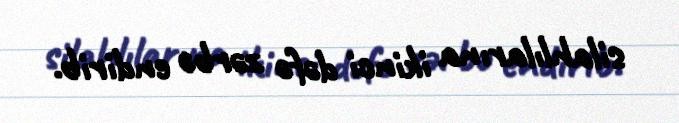
silahlılarına ikinci dəfə zərbə endirib.